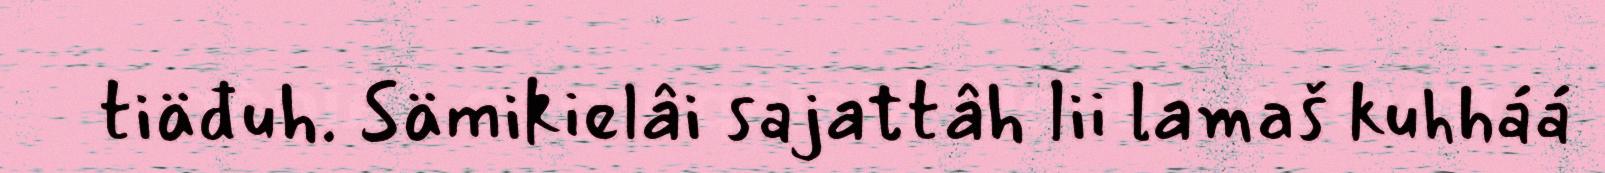
tiäđuh. Sämikielâi sajattâh lii lamaš kuhháá